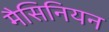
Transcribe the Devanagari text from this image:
मैसिनियन